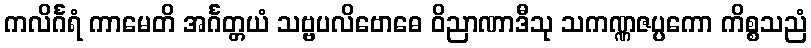
ကလိင်္ဂရံ ကာမေတိ အင်္ဂတ္တယံ သဗ္ဗပလိဗောဓေ ဝိညာဏာဒီသု သကဏ္ဏဇပ္ပကော ကိစ္စသညံ